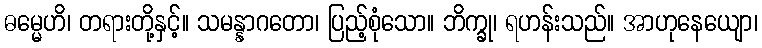
ဓမ္မေဟိ၊ တရားတို့နှင့်။ သမန္နာဂတော၊ ပြည့်စုံသော။ ဘိက္ခု၊ ရဟန်းသည်။ အာဟုနေယျော၊